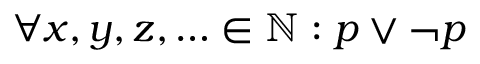
\forall x , y , z , \ldots \in \mathbb { N } : p \vee \neg p